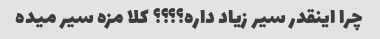
چرا اینقدر سیر زیاد داره؟؟؟؟ کلا مزه سیر میده